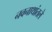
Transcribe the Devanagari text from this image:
नवनाथांतले